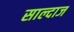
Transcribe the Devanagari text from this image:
साल्दाज